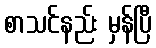
စာသင်နည်း မှန်ပြီ